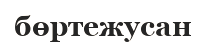
бөртежусан